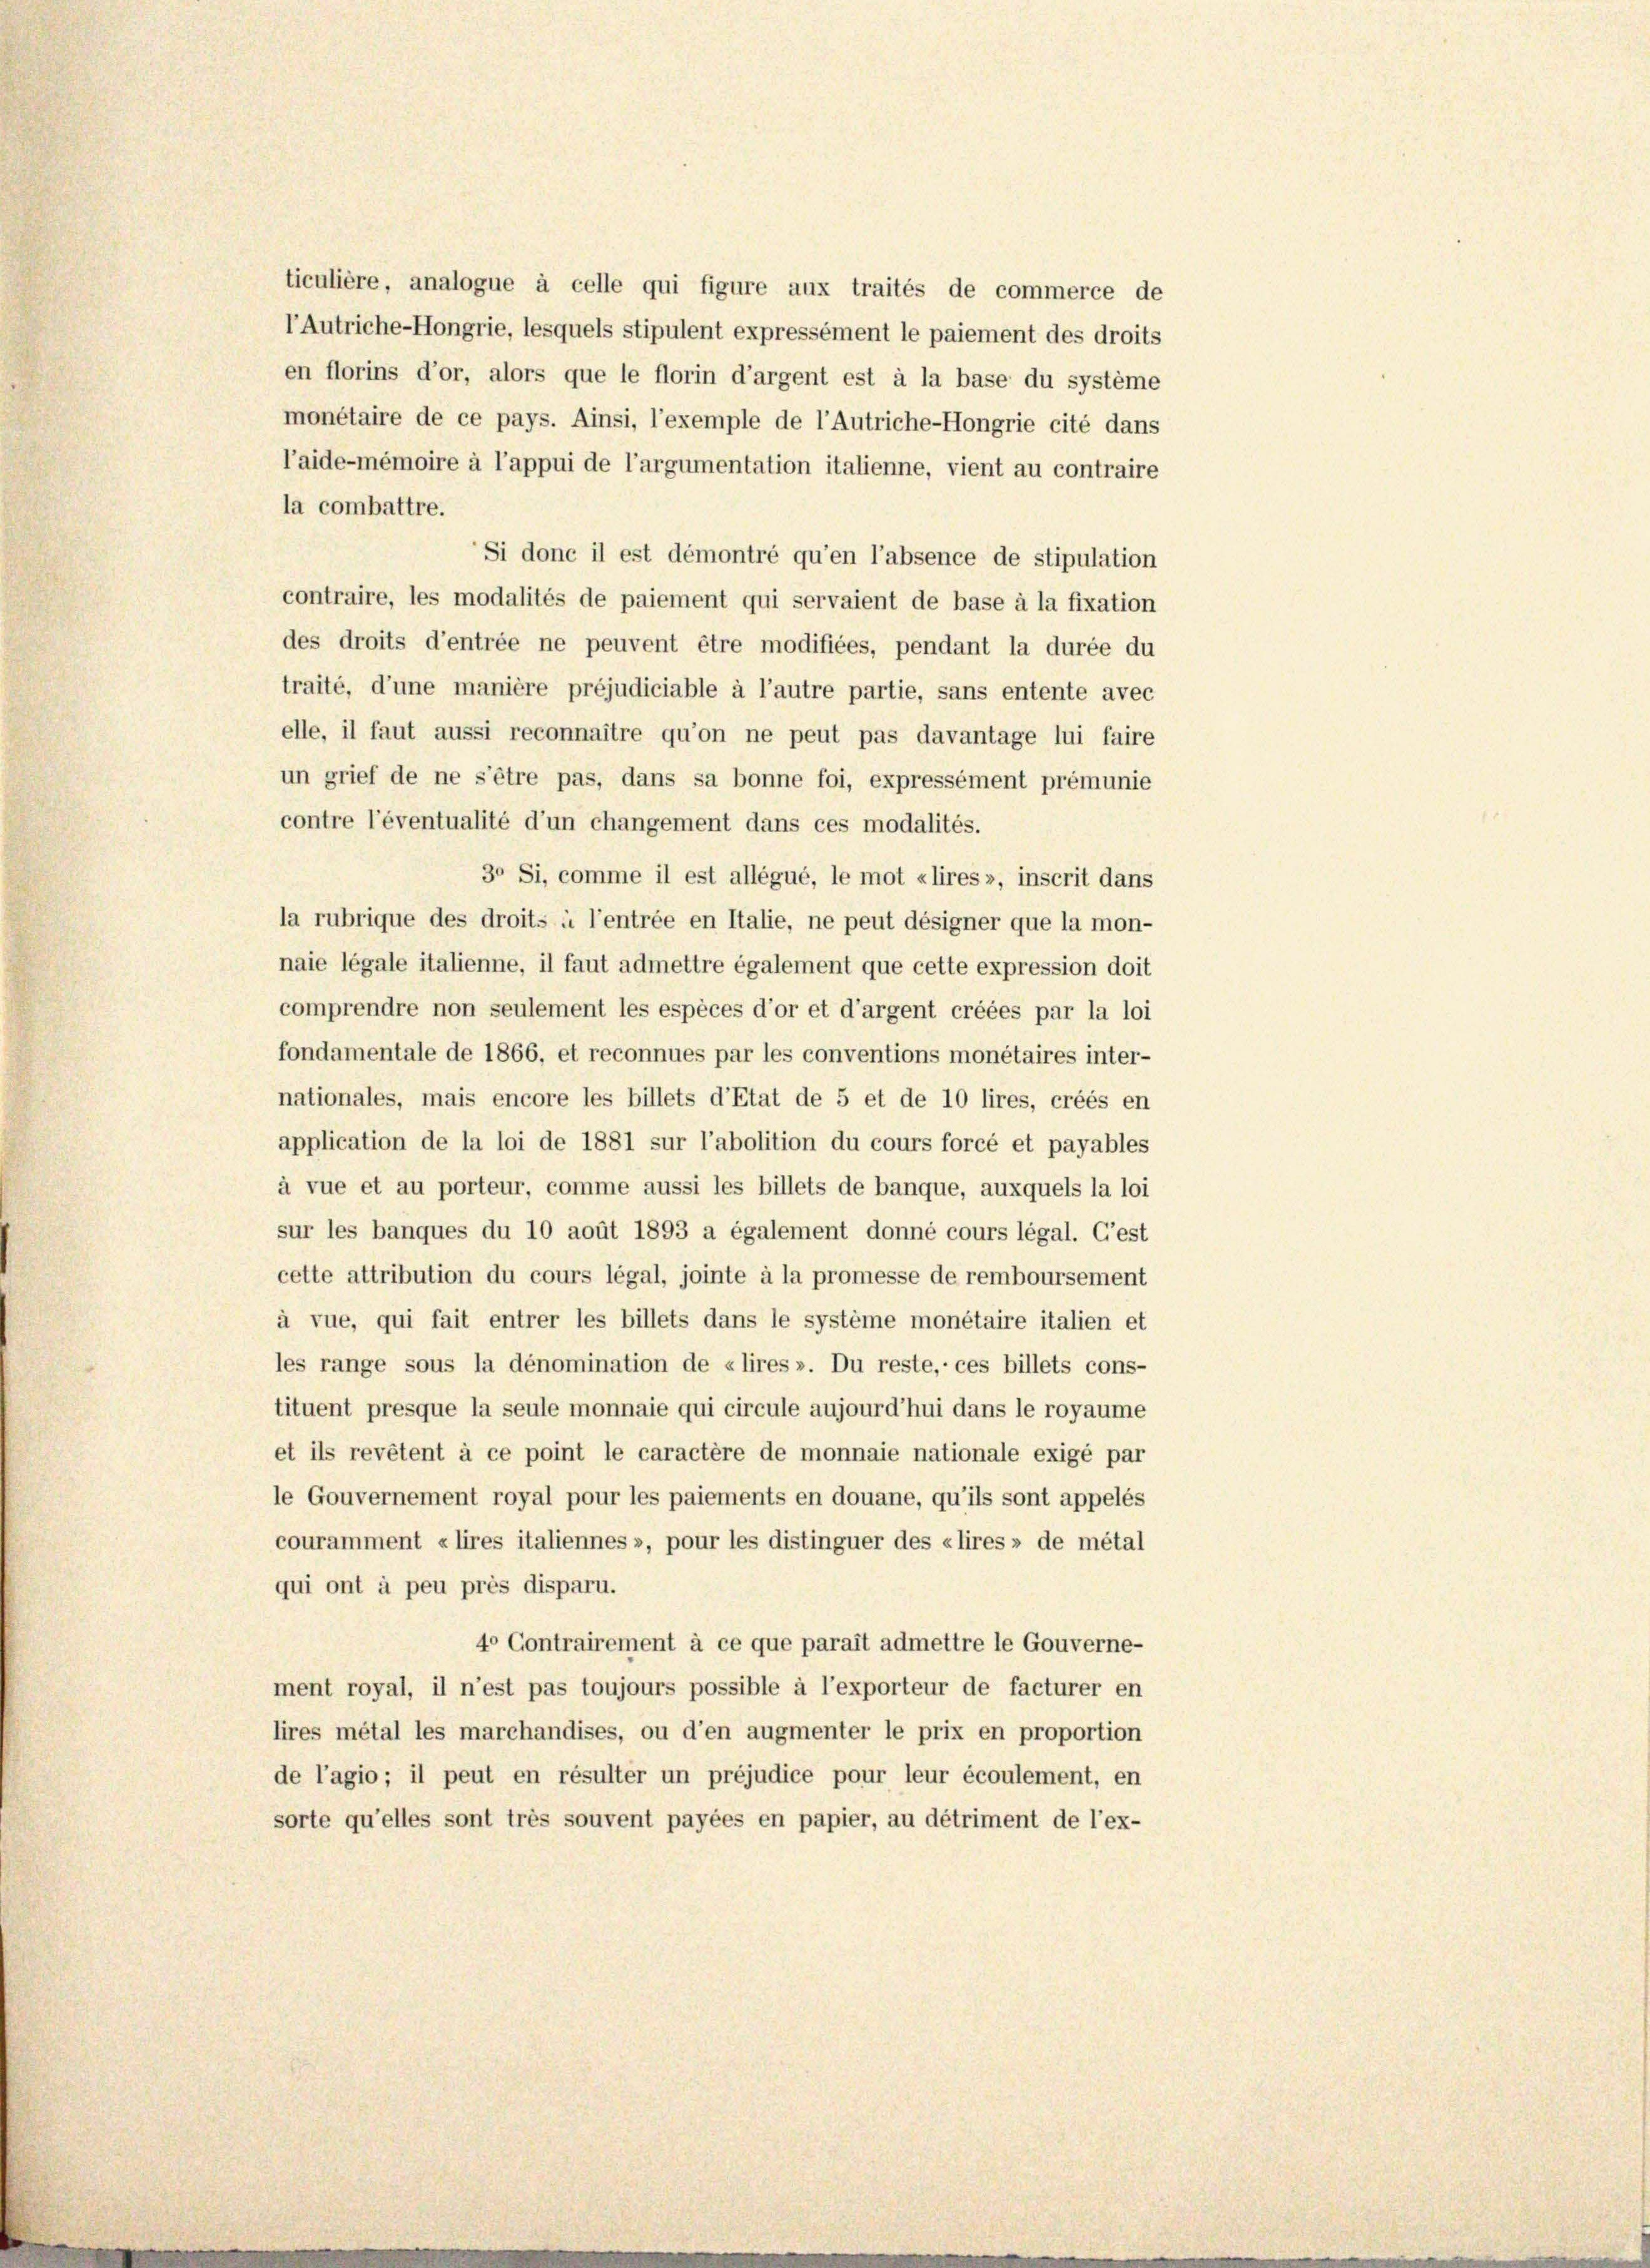
ticulière, analogue à celle qui figure aux traités de commerce de
l’Autriche-Hongrie, lesquels stipulent expressément le paiement des droits
en florins d’or, alors que le florin d’argent est à la base du système
monétaire de ce pays. Ainsi, l’exemple de l’Autriche-Hongrie cité dans
l’aide-mémoire à l’appui de l’argumentation italienne, vient au contraire
la combattre.
Si donc il est démontré qu’en l’absence de stipulation
contraire, les modalités de paiement qui servaient de base à la fixation
des droits d’entrée ne peuvent être modifiées, pendant la durée du
traité, d’une manière préjudiciable à l’autre partie, sans entente avec
elle, il faut aussi reconnaître qu’on ne peut pas davantage lui faire
un grief de ne s’être pas, dans sa bonne foi, expressément prémunie
contre l’éventualité d’un changement dans ces modalités.
3° Si, comme il est allégué, le mot «lires », inscrit dans
la rubrique des droits à l’entrée en Italie, ne peut désigner que la mon-
naie légale italienne, il faut admettre également que cette expression doit
comprendre non seulement les espèces d’or et d’argent créées par la loi
fondamentale de 1866, et reconnues par les conventions monétaires inter-
nationales, mais encore les billets d’Etat de 5 et de 10 lires, créés en
application de la loi de 1881 sur l’abolition du cours forcé et payables
à vue et au porteur, comme aussi les billets de banque, auxquels la loi
sur les banques du 10 aoüt 1893 a également donné cours légal. Gest
cette attribution du cours légal, jointe à la promesse de remboursement
à vue, qui fait entrer les billets dans le système monétaire italien et
les range sous la dénomination de «lires ». Du reste, ces billets cons-
tituent presque la seule monnaie qui circule aujourd’hui dans le royaume
et ils revêtent à ce point le caractère de monnaie nationale exigé par
le Gouvernement royal pour les paiements en douane, qu’ils sont appelés
couramment «lires italiennes », pour les distinguer des «lires» de métal
qui ont à peu près disparu.
40 Contrairement à ce que parait admettre le Gouverne-
ment royal, il n’est pas toujours possible à l’exporteur de facturer en
lires métal les marchandises, ou d’en augmenter le prix en proportion
de l’agio; il peut en résulter un préjudice pour leur écoulement, en
sorte qu’elles sont très souvent payées en papier, au détriment de l’ex-